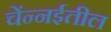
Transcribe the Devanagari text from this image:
चेंन्नईतील